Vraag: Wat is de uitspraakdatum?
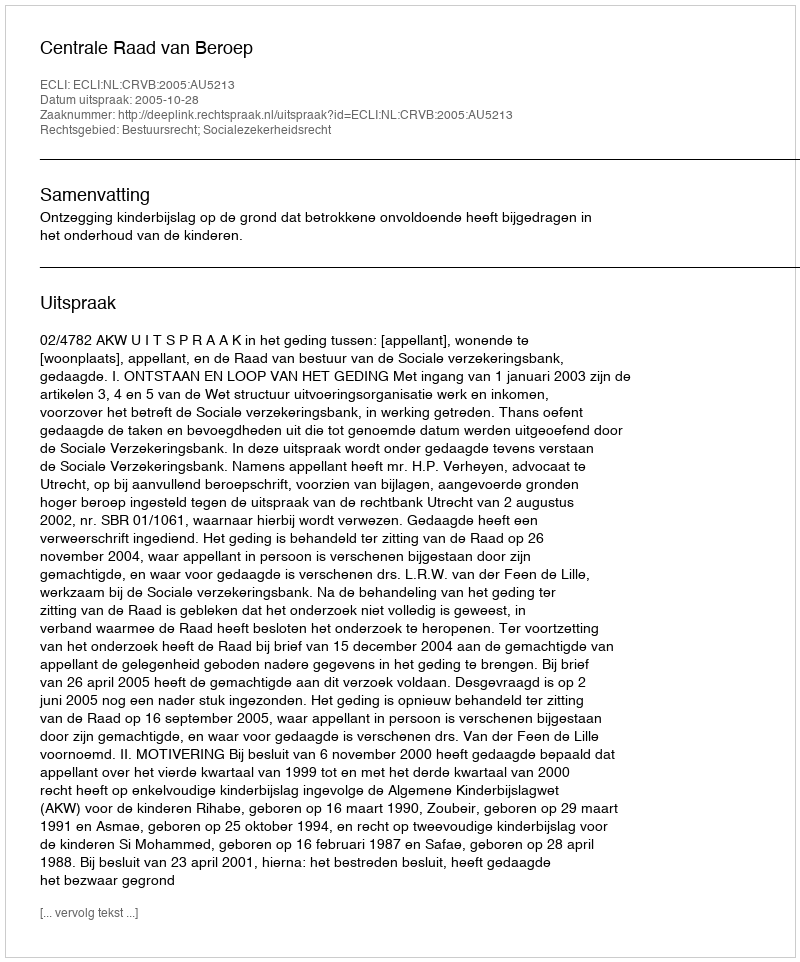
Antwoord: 2005-10-28